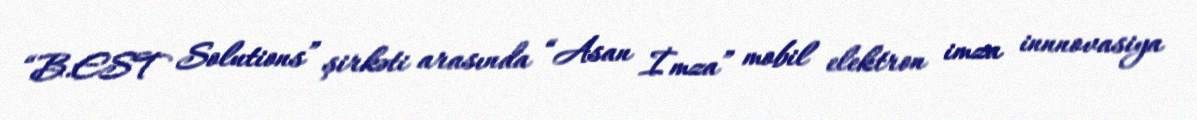
“B.EST Solutions” şirkəti arasında “Asan İmza” mobil elektron imza innnovasiya